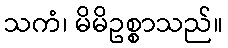
သကံ၊ မိမိဥစ္စာသည်။